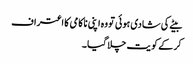
بیٹے کی شادی ہوئی تو وہ اپنی ناکامی کا اعتراف
کر کے کو یت چلا گیا ۔